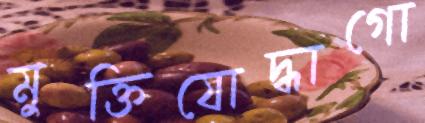
মুক্তিযোদ্ধাগো